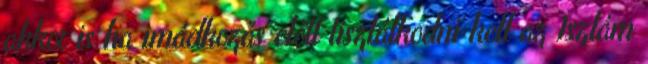
akkor is ha imádkozás előtt tisztálkodni kell az Iszlám